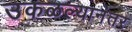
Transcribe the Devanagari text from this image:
उकळल्यानंतर